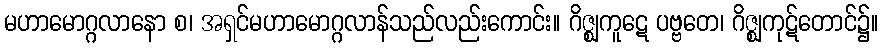
မဟာမောဂ္ဂလာနော စ၊ အရှင်မဟာမောဂ္ဂလာန်သည်လည်းကောင်း။ ဂိဇ္ဈကူဋေ ပဗ္ဗတေ၊ ဂိဇ္ဈကုဋ်တောင်၌။